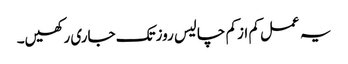
یہ عمل کم ازکم چالیس روزتک جاری رکھیں۔